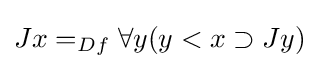
Jx=_{Df}\forall y(y<x\supset Jy)